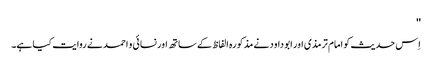
''
اِس حدیث کو امام ترمذی اور ابو داود نے مذکورہ الفاظ کے ساتھ اور نسائی و احمد نے روایت کیا ہے۔